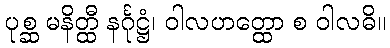
ပုစ္ဆ မနိတ္ထီ နင်္ဂုဋ္ဌံ၊ ဝါလဟတ္ထော စ ဝါလဓိ။